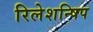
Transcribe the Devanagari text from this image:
रिलेशन्षिप